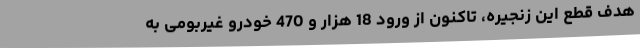
هدف قطع این زنجیره، تاکنون از ورود 18 هزار و 470 خودرو غیربومی به